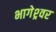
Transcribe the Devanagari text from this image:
भागेश्र्वर